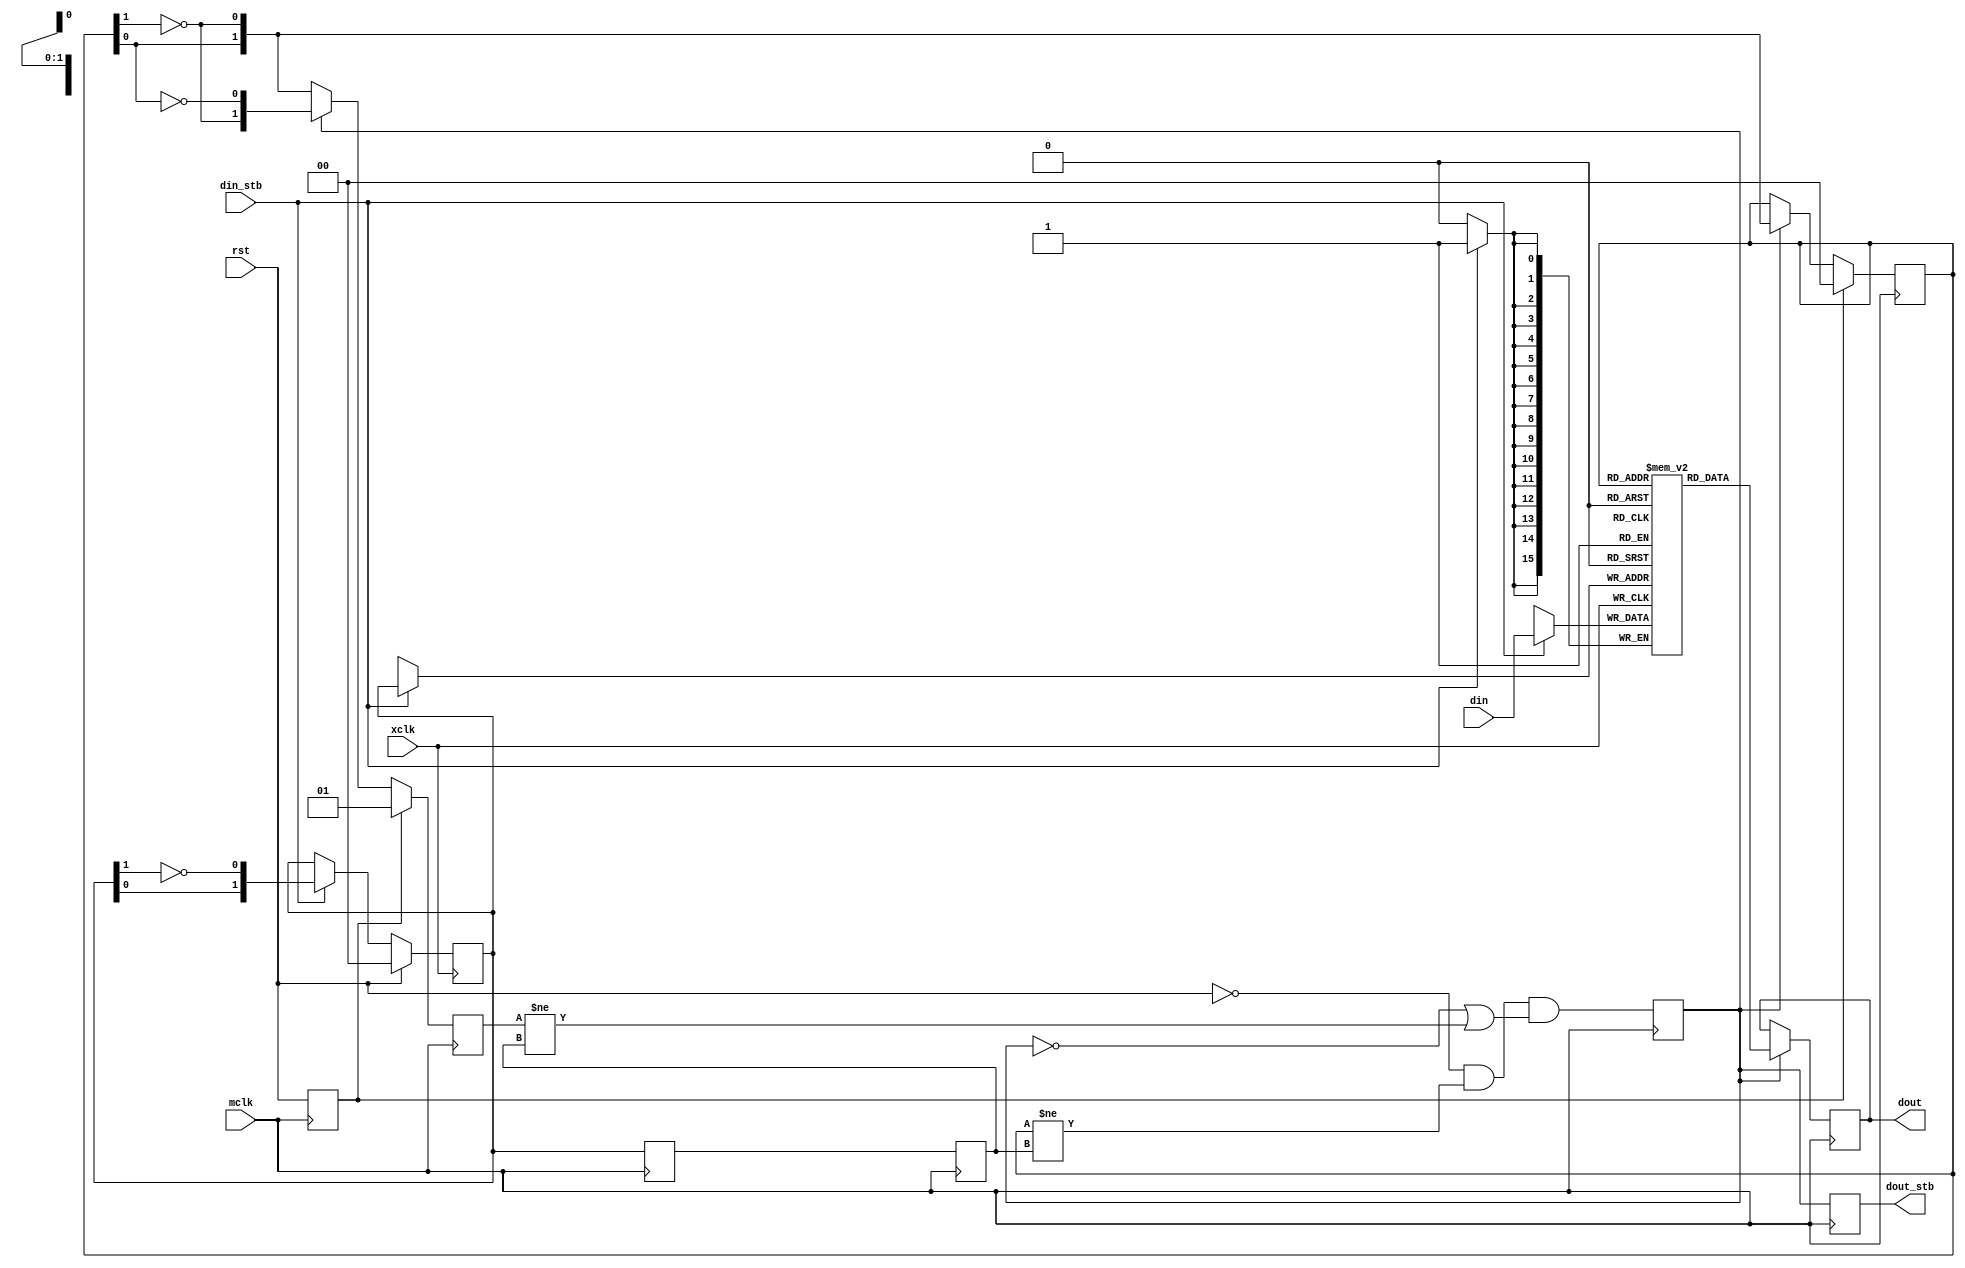
/*!
 * <b>Module:</b>buf_xclk_mclk16_393
 * @file buf_xclk_mclk16_393.v
 * @date 2015-07-06  
 * @author Andrey Filippov     
 *
 * @brief move data from xclk to mclk domain
 *
 * @copyright Copyright (c) 2015 Elphel, Inc.
 *
 * <b>License:</b>
 *
 * buf_xclk_mclk16_393.v is free software; you can redistribute it and/or modify
 * it under the terms of the GNU General Public License as published by
 * the Free Software Foundation, either version 3 of the License, or
 * (at your option) any later version.
 *
 *  buf_xclk_mclk16_393.v is distributed in the hope that it will be useful,
 * but WITHOUT ANY WARRANTY; without even the implied warranty of
 * MERCHANTABILITY or FITNESS FOR A PARTICULAR PURPOSE.  See the
 * GNU General Public License for more details.
 *
 * You should have received a copy of the GNU General Public License
 * along with this program.  If not, see <http://www.gnu.org/licenses/> .
 *
 * Additional permission under GNU GPL version 3 section 7:
 * If you modify this Program, or any covered work, by linking or combining it
 * with independent modules provided by the FPGA vendor only (this permission
 * does not extend to any 3-rd party modules, "soft cores" or macros) under
 * different license terms solely for the purpose of generating binary "bitstream"
 * files and/or simulating the code, the copyright holders of this Program give
 * you the right to distribute the covered work without those independent modules
 * as long as the source code for them is available from the FPGA vendor free of
 * charge, and there is no dependence on any encrypted modules for simulating of
 * the combined code. This permission applies to you if the distributed code
 * contains all the components and scripts required to completely simulate it
 * with at least one of the Free Software programs.
 */
`timescale 1ns/1ps

module  buf_xclk_mclk16_393(
    input                         mclk,    // system clock, posedge
    input                         xclk,    // half frequency (80 MHz nominal)
    input                         rst,     // @posedge xclk  reset module
    input                  [15:0] din,
    input                         din_stb,
    output reg             [15:0] dout,
    output reg                    dout_stb);

    reg     [1:0] wa;
    reg     [1:0] wa_mclk;
    reg     [1:0] wa_mclk_d;
    reg           rst_mclk;
    reg     [1:0] ra;
    reg     [1:0] ra_next;
    reg           inc_ra;
    wire   [15:0] pre_dout;

    always @ (posedge xclk) begin
        if      (rst)     wa[1:0] <= 2'h0;
        else if (din_stb) wa[1:0] <={wa[0],~wa[1]};
    end

    always @ (posedge mclk) begin
        wa_mclk[1:0]   <= wa[1:0];
        wa_mclk_d[1:0] <= wa_mclk[1:0];
        rst_mclk<= rst;
        if (rst_mclk) ra[1:0] <= 2'h0;
        else          ra[1:0] <= inc_ra?{ra[0],~ra[1]}:{ra[1],ra[0]};
    
        if (rst_mclk) ra_next[1:0] <= 2'h1;
        else          ra_next[1:0] <= inc_ra?{~ra[1],~ra[0]}:{ra[0],~ra[1]};
    
        inc_ra <= !rst && (ra[1:0]!=wa_mclk_d[1:0]) && (!inc_ra || (ra_next[1:0]!=wa_mclk_d[1:0]));
        dout_stb <= inc_ra;
        if (inc_ra) dout[15:0] <= pre_dout[15:0];
    end
    
    reg    [15:0] fifo_4x16_ram[0:3];
    always @ (posedge xclk) if (din_stb) fifo_4x16_ram[wa[1:0]] <= din[15:0];
    assign pre_dout[15:0] =              fifo_4x16_ram[ra[1:0]];

endmodule